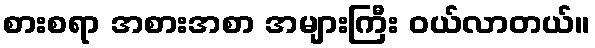
စားစရာ အစားအစာ အများကြီး ဝယ်လာတယ်။